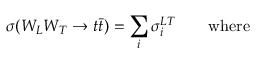
\sigma ( W _ { L } W _ { T } \rightarrow t \bar { t } ) = \sum _ { i } \sigma _ { i } ^ { L T } \qquad \mathrm { w h e r e }